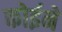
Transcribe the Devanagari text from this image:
कोईने